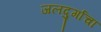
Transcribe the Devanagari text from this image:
जलदुर्गाचा